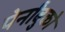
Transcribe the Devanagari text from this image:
पेर्नांबुको